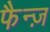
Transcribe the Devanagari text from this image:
फैन्ज़